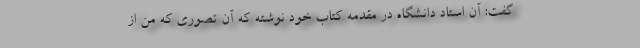
گفت: آن استاد دانشگاه در مقدمه کتاب خود نوشته که آن تصوری که من از